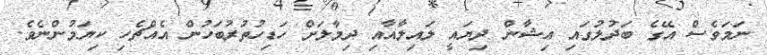
ނަމަވެސް އޭގެ ބަދުލުގައި އިޝާން ދިޔައީ ލައިލާއާއި ދިމާލަށް ހަޑިހުތުރުބަހުން އެއްޗެހި ކިޔަމުންނެވެ.